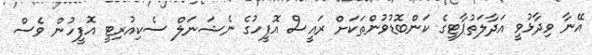
އޭނާ ވިދާޅުވީ އަދާލަތުޕާޓީގެ ކަންބޮޑުވުންތަކަށް ރައީސް އޮފީހުގެ ނެޝަނަލް ސެކިއުރިޓީ އޮފީހުން ވެސް